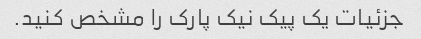
جزئیات یک پیک نیک پارک را مشخص کنید.